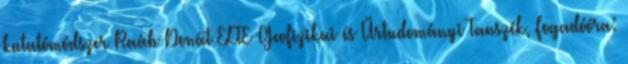
kutatómódszer Raáb Donát ELTE Geofizikai és Űrtudományi Tanszék, Fogadóóra: